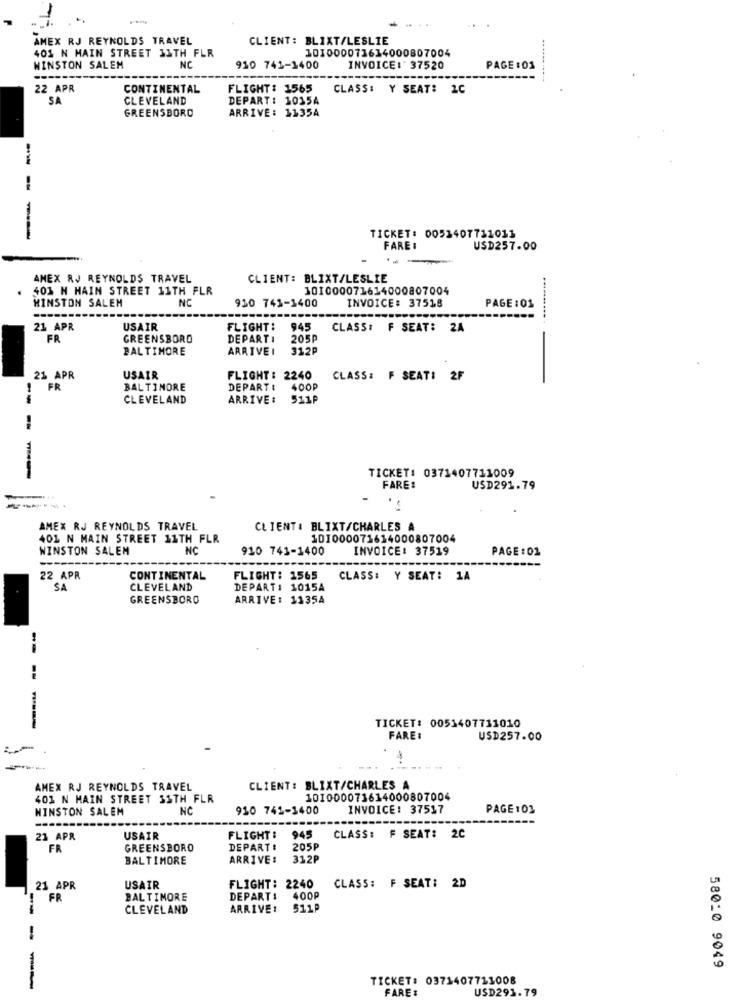
AMEX RJ REYNOLDS TRAVEL
CLIENT: BLIXT/LESLIE
401 N MAIN STREET ILTH FLR
101000071614000807004
WINSTON SALEM
NC
910 741-1400
INVOICE: 37520
PAGE :01
22 APR
CONTINENTAL
FLIGHT: 1565 CLASS: Y SEAT: 2C
SA
CLEVELAND
DEPART: 1015A
ARRIVE: 1135A
GREENSBORO
TICKET: 0052407711013
FARE #
USD257.00
AMEX RJ REYNOLDS TRAVEL
CLIENT: BLIXT/LESLIE
401 H MAIN STREET 11TH FLR
101000071614000807004
NC
910 743-1400
INVOICE: 37518
HINSTON SALEM
PAGE :01
21 APR
USAIR
FLIGHT: 945
CLASS: F SEAT: 2A
FR
GREENSBORO
DEPART: 205P
BALTIMORE
ARRIVE: 312P
21 APR
USAIR
FLIGHT: 2240
CLASS: F SEAT: 2F
FR
BALTIMORE
DEPART: 400P
CLEVELAND
ARRIVE: 511P
--
TICKET: 0371407711009
FARE !
USD291.79
-----
-
AMEX RJ REYNOLDS TRAVEL
CLIENT: BLIXT/CHARLES A
401 N MAIN STREET 11TH FLR
101000071614000807004
WINSTON SALEM
NC
910 741-1400
INVOICE: 37519
PAGE:01
22 APR
CONTINENTAL
FLIGHT: 1565
CLASS: Y SEAT: 1A
SA
CLEVELAND
DEPART: 1015A
GREENSBORO
ARRIVE: 1135A
TICKET: 0051407711010
FARE :
USD257.00
AMEX RJ REYNOLDS TRAVEL
CLIENT: BLIXT/CHARLES A
401 N MAIN STREET 3STH FLR
101000071614000807004
WINSTON SALEM
NC
910 742-1400
INVOICE: 37517
PAGE 103
CLASS: F SEAT: 2C
23 APR
USAIR
FLIGHT: 945
FR
GREENSBORO
DEPART :
205P
BALTIMORE
ARRIVE:
312P
CLASS: F SEAT: 2D
21 APR
USAIR
FLIGHT: 2240
! FR
BALTIMORE
DEPART1 400P
CLEVELAND
ARRIVE:
511P
58010 9049
TICKET: 0371407711008
------
FARE#
USD291.79